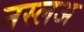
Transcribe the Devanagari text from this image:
नस्लअ